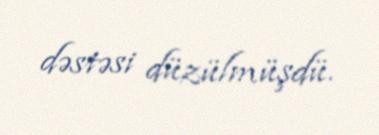
dəstəsi düzülmüşdü.